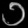
Digit: ၁